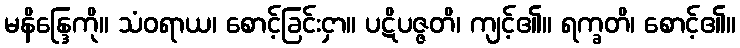
မနိန္ဒြေကို။ သံဝရာယ၊ စောင့်ခြင်းငှာ။ ပဋိပဇ္ဇတိ၊ ကျင့်၏။ ရက္ခတိ၊ စောင့်၏။